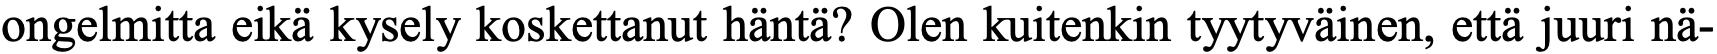
ongelmitta eikä kysely koskettanut häntä? Olen kuitenkin tyytyväinen, että juuri nä-